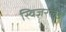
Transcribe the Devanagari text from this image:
स्विज़रलैंड